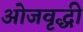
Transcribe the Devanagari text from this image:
ओजवृद्धी